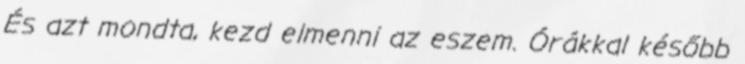
És azt mondta, kezd elmenni az eszem. Órákkal később